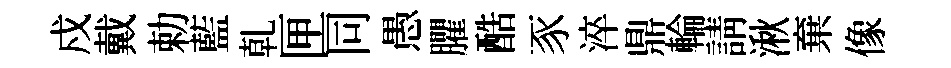
戍戴勅藍乹匣同愚臞酷豕淬鼎輪請湫棄像